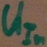
Text: UIn